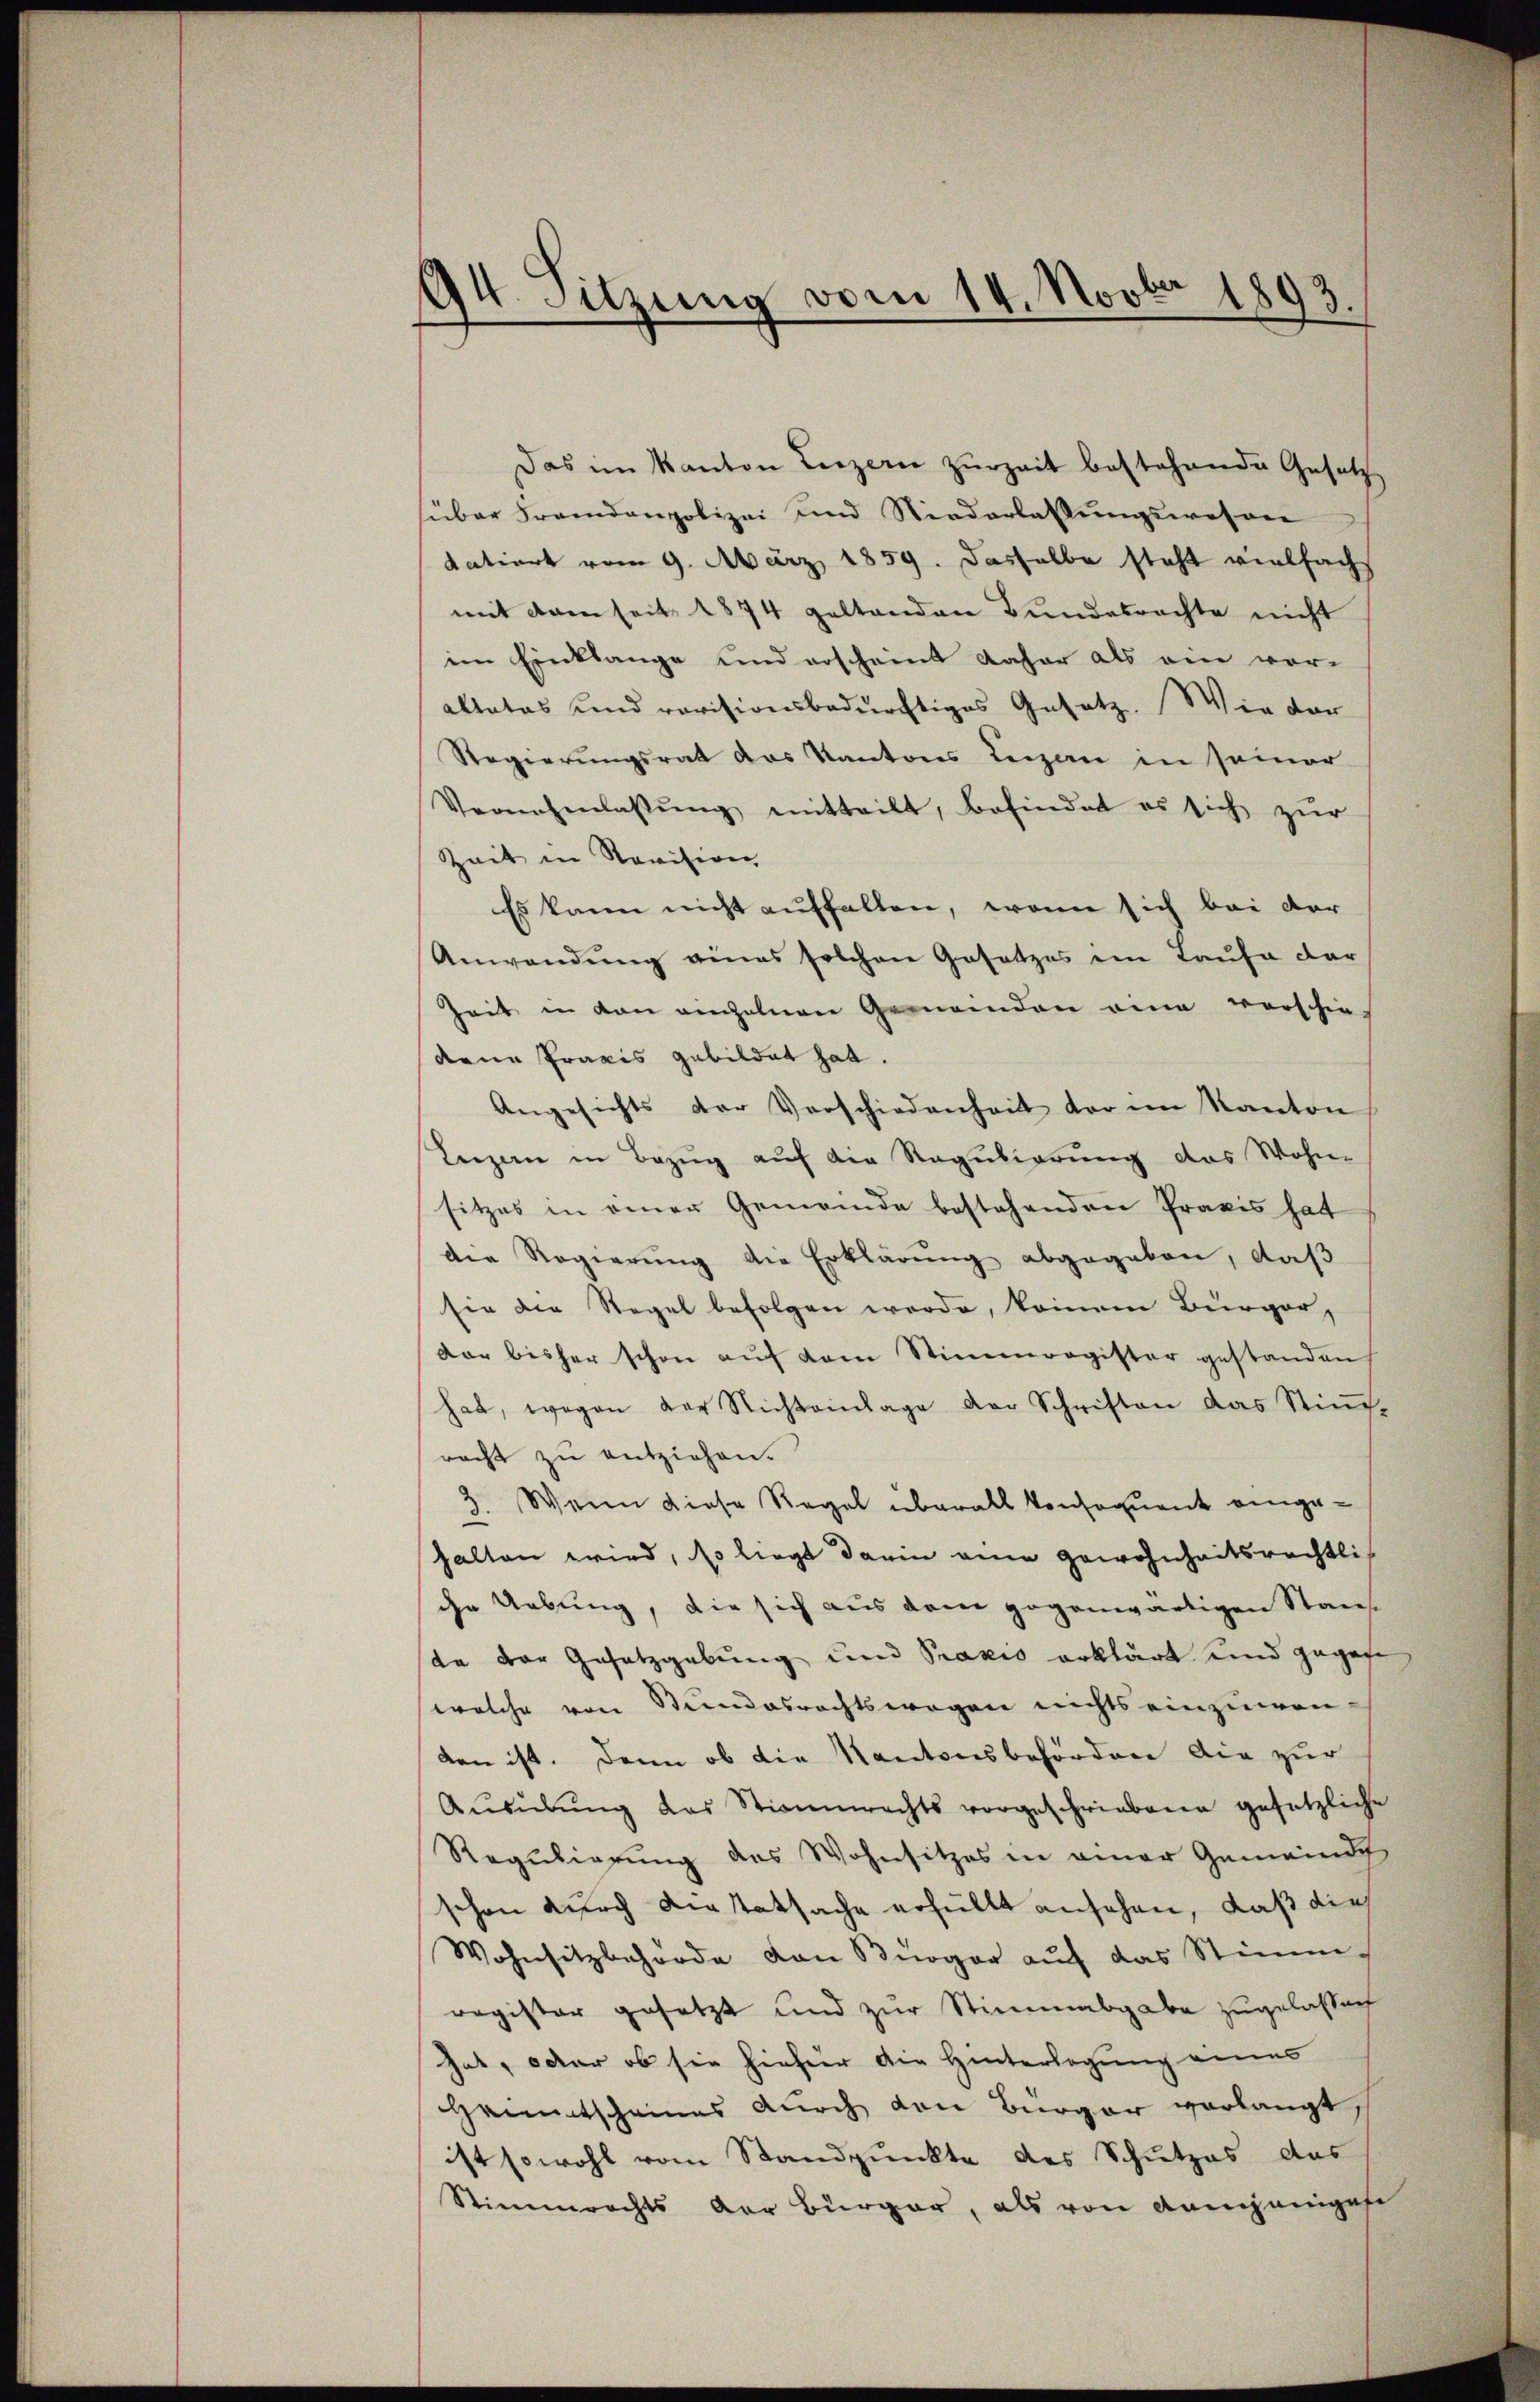
44. Sitzung vom 14. Novbr 1893.

Das im Kanton Luzern zurzeit bestehende Gesetz
süber Fremdenpolizei und Niederlassungswesen
datiert vom 9. März 1859. Dasselbe steht vielfach
mit dem seit 1874 geltenden Bundebrachte nicht
im Einklange und erscheint daher als ein vorallatas und rovisionsbedürftiges Gesetz. Wie dar
Regierungsrat das Kantons Leigen in seiner
Vernehmlassŭng mitteilt, befindet es sich zŭr
Zeit in Revision
Es kann nicht auffallen, wenn sich bei der
Anwendŭng eines solchen Gesetzes im Laŭfe dar
Zeit in den anzelnen Gemeinden ana verschie-
dene Praxis gebildet hat.
Angesichts der Verschiedenheit der im Kanton
Lerzen in Bezŭg aŭf der Regulierŭng das Wohn-
sitzes in einer Gemeinde bestehenden Praxis hat
die Regierung die Erklärung abgegeben, daß
sie die Regel befolgen werde, keinem Bürger,
dar bisher schon aŭf dem Stimmregister gestanden
hat, wegen der Nichteinlage der Schriften das Stiṁ-
racht zu entziehen.
3. Wenn diese Regel überall konsequent eingehalten wird, so liegt darin eine Gewohnheitsrechtlich
che Uebung, die sich aus dem gegenwärtigen Staat
da der Gesetzgebung und Praxis erklärt und gegebe
welche von Stundesrechtswegen nichts einzuwen-
den ist. Dann ob die Kantonsbehörden die zur
Aŭsübŭng das Stimmrechts vorgeschriebene gesetzliche
Regulierung des Wohnsitzes in einer Gemeinde
schon durch Kiestatsache erhüllt ansehen, daß die
Wohnsitzbehörde von Bürger aŭf das Stimm-
register gesetzt und zur Stimmabgabe zugelassen
hat, oder ob sie hiefür die Hinterlegung eines
Heimatscheines durch von Bürger verlangt,
ist sowohl vom Standpunkte des Schutzes das
Stimmrechts der Bürger, als von demjenigese